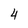
Character: 4